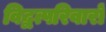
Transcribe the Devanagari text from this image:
विद्वत्परिवारों